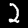
Label: 2